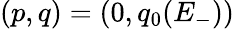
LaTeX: (p,q)=(0,q_{0}(E_{-}))